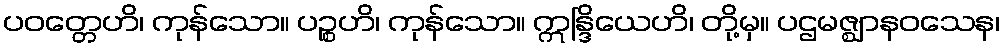
ပဝတ္တေဟိ၊ ကုန်သော။ ပဉ္စဟိ၊ ကုန်သော။ ဣန္ဒြိယေဟိ၊ တို့မှ။ ပဌမဇ္ဈာနဝသေန၊